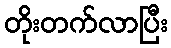
တိုးတက်လာပြီး